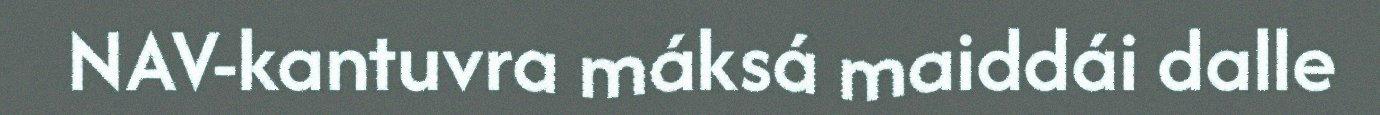
NAV-kantuvra máksá maiddái dalle